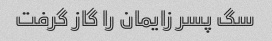
سگ پسر زایمان را گاز گرفت